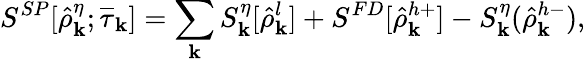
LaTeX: S^{SP}[\hat{\rho}_{\mathbf k}^{\eta};\overline{{\tau}}_{\mathbf k}]=\sum_{\mathbf k}S_{\mathbf k}^{\eta}[\hat{\rho}_{\mathbf k}^{l}]+S^{FD}[\hat{\rho}_{\mathbf k}^{h+}]-S_{\mathbf k}^{\eta}(\hat{\rho}_{\mathbf k}^{h-}),